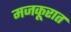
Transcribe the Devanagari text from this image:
मजकूरात